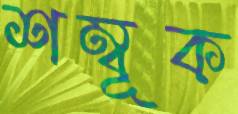
শম্বূক